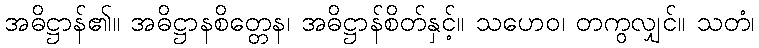
အဓိဋ္ဌာန်၏။ အဓိဋ္ဌာနစိတ္တေန၊ အဓိဋ္ဌာန်စိတ်နှင့်။ သဟေဝ၊ တကွလျှင်။ သတံ၊